Vaccination in Bombay 1874-1876 - 1874-1876
Year: 1874
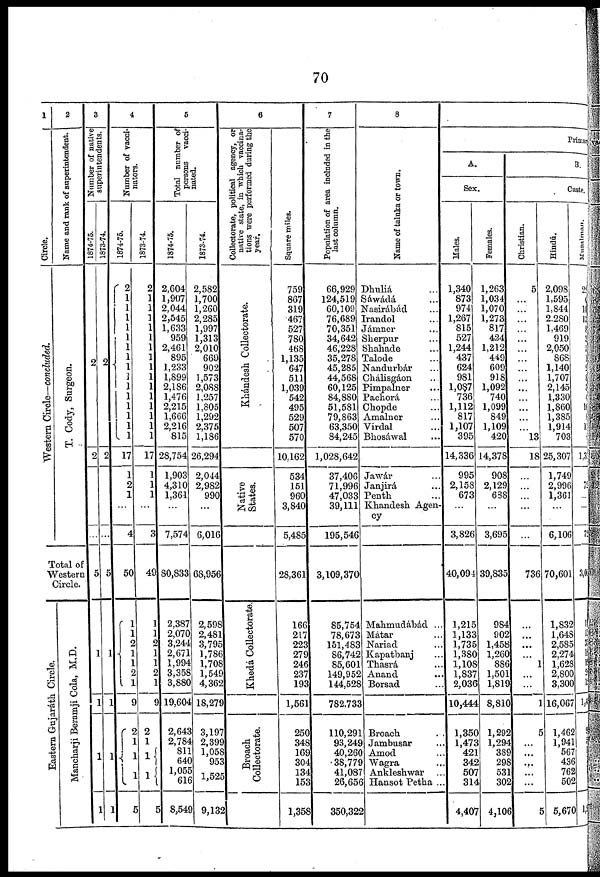
70
1
Circle.
Western Circle—concluded.
2
Name and rank of superintendent.
T. Cody, Surgeon.
Total of
Western
Circle.
Eastern Gujarath Circle.
Mancharji Beramji Cola, M.D.
3
Number
of native
superintendents.
1874-75.
2
2
...
5
1
1
1
1
1873-74
2
2
...
5
1
1
1
1
4
Number of vacci-
nators.
1874-75.
2
1
1
1
1
1
1
1
1
1
1
1
1
1
1
1
17
1
2
1
...
4
50
1
1
2
1
1
2
1
9
2
1
1
1
5
1873-74.
2
1
1
1
1
1
1
1
1
1
1
1
1
1
1
1
17
1
1
1
...
3
49
1
1
2
1
1
2
1
9
2
1
1
1
5
5
Total number of
persons vacci-
nated.
1874-75.
2,604
1,907
2,044
2,545
1,633
959
2,461
895
1,233
1,899
2,186
1,476
2,215
1,666
2,216
815
28,754
1,903
4,310
1,361
...
7,574
80,833
2,387
2,070
3,244
2,671
1,994
3,358
3,880
19,604
2,643
2,784
811
640
1,055
616
8,549
1873-74.
2,582
1,700
1,260
2,285
1,997
1,313
2,010
669
902
1,573
2,088
1,257
1,805
1,292
2,375
1,186
26,294
2,044
2,982
990
...
6,016
68,956
2,598
2,481
3,795
1,786
1,708
1,549
4,362
18,279
3,197
2,399
1,058
953
1,525
9,132
6
Collectorate, political agency, or
native state, in which vaccina-
tions were performed during the
year.
Khándesh Collectorate.
Native
States.
Khedá Collectorate.
Broach
Collectorate.
Square miles.
759
867
319
467
527
780
468
1,135
647
511
1,039
542
495
529
507
570
10,162
534
151
960
3,840
5,485
28,361
166
217
223
279
246
237
193
1,561
250
348
169
304
134
153
1,358
7
Population of area included in the
last column.
66,929
124,519
60,109
76,689
70,351
34,642
46,228
35,278
45,285
44,568
60,125
84,880
51,581
79,863
63,350
84,245
1,028,642
37,406
71,996
47,033
39,111
195,546
3,109,370
85,754
78,673
151,483
86,742
85,601
149,952
144,528
782,733
110,291
93,249
40,260
38,779
41,087
26,656
350,322
8
Name of taluka or town.
Dhuliá ...
Sáwadá ...
Nasirábád ...
Irandol ...
Jámner ...
Sherpur ...
Shahade ...
Talode ...
Nandurbár ...
Chálisgáon ...
Pimpalner ...
Pachorá ...
Chopde ...
Amalner ...
Virdal ...
Bhosáwal ...
Jawár ...
Janjirá ...
Penth ...
Khandesh Agen-
cy
Mahmudábád ...
Mátar ...
Nariad ...
Kapatbanj ...
Thasrá ...
Anand ...
Borsad ...
Broach ...
Jambusar ...
Amod ...
Wagra ...
Ankleshwar ...
Hansot Petha ...
Primary
A.
Sex.
Males.
1,340
873
974
1,267
815
527
1,244
437
624
981
1,087
736
1,112
817
1,107
395
14,336
995
2,158
673
...
3,826
40,094
1,215
1,133
1,735
1,380
1,108
1,837
2,036
10,444
1,350
1,473
421
342
507
314
4,407
Females.
1,263
1,034
1,070
1,273
817
424
1,212
449
609
918
1,092
740
1,099
849
1,109
420
14,378
908
2,129
638
...
3,695
39,835
984
902
1,458
1,260
886
1,501
1,819
8,810
1,292
1,294
389
298
531
302
4,106
B.
Caste.
Christian.
5
...
...
...
...
...
...
...
...
...
...
...
...
...
...
13
18
...
...
...
...
...
736
...
...
...
...
1
...
...
1
5
...
...
...
...
...
5
Hindu.
2,098
1,595
1,844
2,280
1,469
919
2,050
868
1,140
1,707
2,145
1,330
1,860
1,385
1,914
703
25,307
1,749
2,996
1,361
...
6,106
70,601
1,832
1,648
2,585
2,274
1,628
2,800
3,300
16,067
1,462
1,941
567
436
762
502
5,670
Musalman.
22
6
10
13
8
3
5
1
2
8
3
4
10
8
15
2
1,3
72
...
...
72
3,03
15
15
35
18
19
26
12
1,4
9
5
1
1
1
1,9